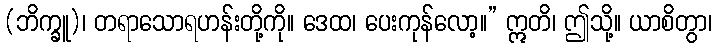
(ဘိက္ခူ)၊ တရာသောရဟန်းတို့ကို။ ဒေထ၊ ပေးကုန်လော့။” ဣတိ၊ ဤသို့။ ယာစိတွာ၊